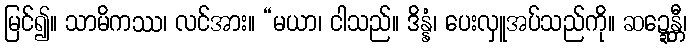
မြင်၍။ သာမိကဿ၊ လင်အား။ “မယာ၊ ငါသည်။ ဒိန္နံ၊ ပေးလှူအပ်သည်ကို။ ဆဍ္ဍေန္တီ၊